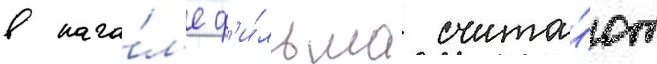
в нача́л'е ф'и́льма счита́ют